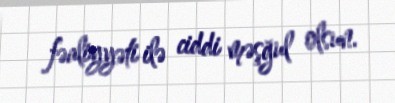
fəaliyyəti ilə ciddi məşğul olsun.